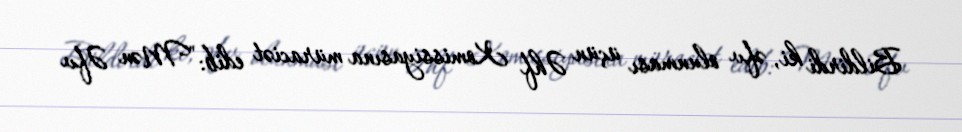
Bildirdi ki, əfv olunması üçün Əhf Komissiyasına müraciət edib: "Mən Əfv